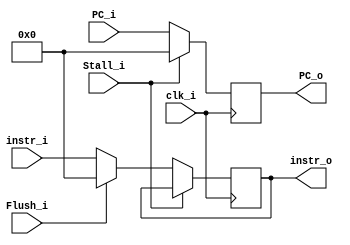
module IFID(
	clk_i,
    Stall_i,
    Flush_i,
    PC_i,
    instr_i,
    PC_o,
    instr_o
);

input 			clk_i;
input			Stall_i;
input			Flush_i;
input	[31:0]	PC_i;
input	[31:0]	instr_i;
output	[31:0]	PC_o;
output	[31:0]	instr_o;

reg		[31:0]	PC_o;
reg 	[31:0]	instr_o;

always @(posedge clk_i) begin
	if (Stall_i) begin
		PC_o <= 32'b0;
		instr_o <= instr_o;
	end
	else begin
		PC_o <= PC_i;
		if (Flush_i) begin
			instr_o <= 32'b0;
		end
		else begin
			instr_o <= instr_i;
		end
	end
end

endmodule